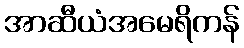
အာဆီယံအမေရိကန်